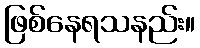
ဖြစ်နေရသနည်း။